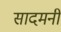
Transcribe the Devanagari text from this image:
सादमनी